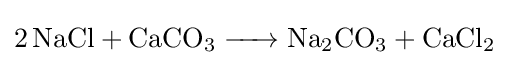
{\ce {2NaCl + CaCO3 -> Na2CO3 + CaCl2}}